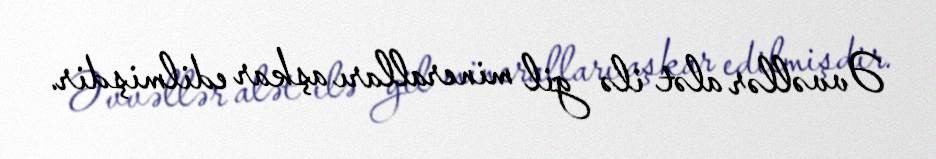
Əvvəllər alət ilə gil mineralları aşkar edilmişdir.